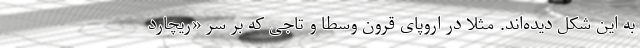
به این شکل دیده‌اند. مثلا در اروپای قرون وسطا و تاجی که بر سر «ریچارد